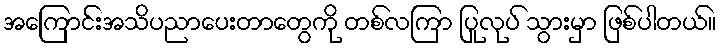
အကြောင်းအသိပညာပေးတာတွေကို တစ်လကြာ ပြုလုပ် သွားမှာ ဖြစ်ပါတယ်။